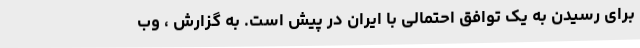
برای رسیدن به یک توافق احتمالی با ایران در پیش است. به گزارش ، وب